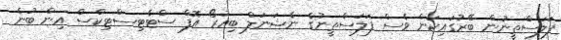
ފަލަސްތީނުން ބޭރުގައިކަން ވެސް ފަލަސްތީނުގެ ނެޝަނަލް ބިއުރޯ އޮފް ސްޓެޓިސްޓިކްސް އިން ބުނެ